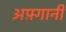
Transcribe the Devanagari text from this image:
अफ़्गानी